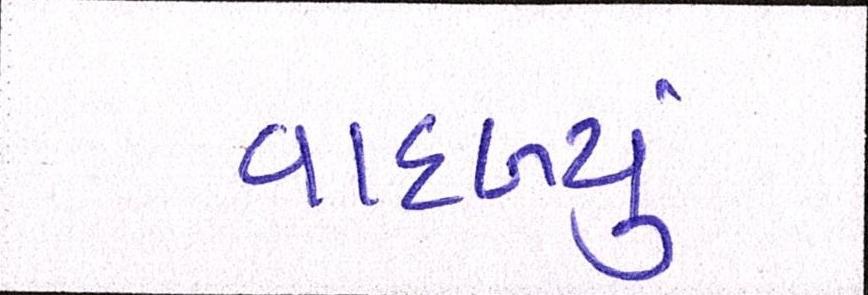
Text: વાદળ્યું